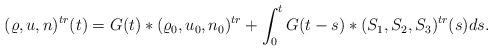
LaTeX: \begin{align*}(\varrho, u, n)^{tr}(t)=G(t)*(\varrho_0, u_0, n_0)^{tr}+\int_0^t G(t-s)*(S_1,S_2, S_3)^{tr}(s) ds.\end{align*}